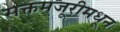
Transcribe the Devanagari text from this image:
सक्तमजूरीमधून